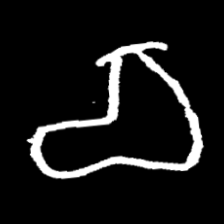
Pyu character \u2014 Myanmar letter: စ (romanized: ca)